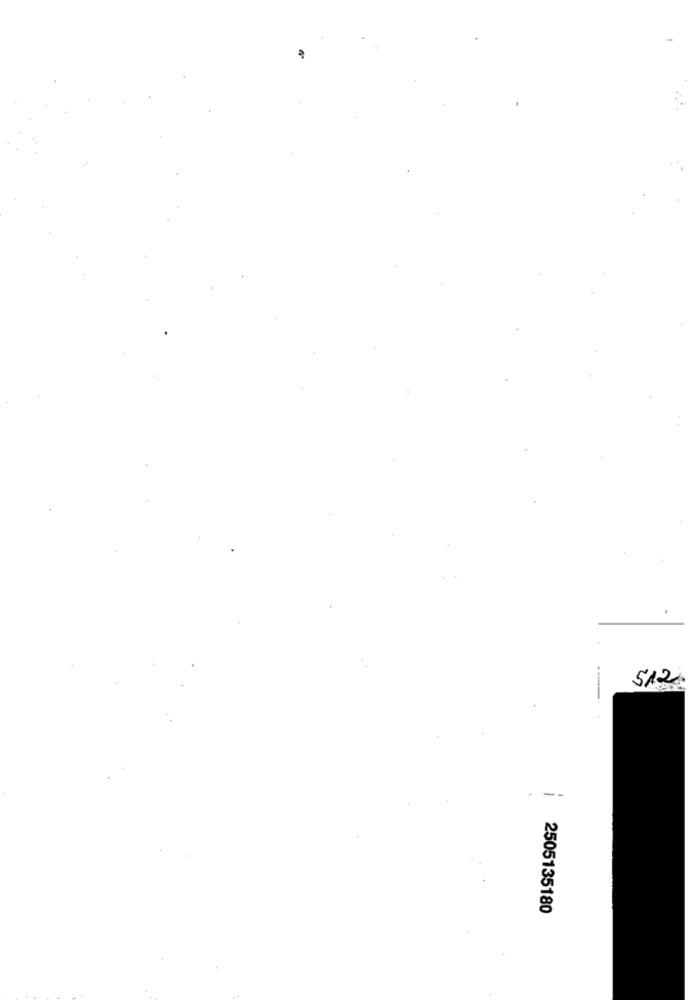
512
--
2505135180